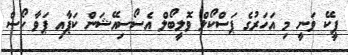
ޕީކޭ ވަނީ މި އަހަރުގެ ޕަސްކޯލް ވޮލީބޯލް އެސޯސިއޭޝަން ކަޕާއި ޕަވާ ހޯސް